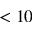
< 1 0